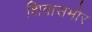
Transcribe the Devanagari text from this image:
शिवासमोर